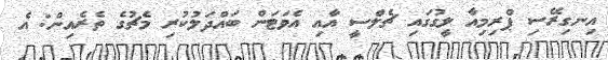
އިނގިރޭސި ޕްރިމިއާ ލީގުގައި ޗެލްސީ އާއި އެވަޓަން ބައްދަލުކުރި މެޗުގެ ތެރެއިން: އެ